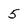
Character: 5